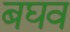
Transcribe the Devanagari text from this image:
बघव